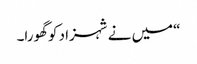
“میں نے شہزاد کو گھورا۔